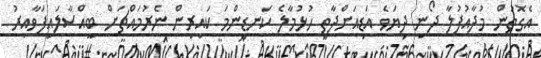
އެގޮތުން މުދާއުފުލާ ދޯނި ދިޔަވެ އަޑިއަށްދާތީ ހުޅުމާލެ ކަނޑިންމަ ކައިރިން ނެރުމައްޗަށް ބީއްސާލައިފަވާއިރު